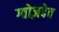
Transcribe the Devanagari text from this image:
ग्वोज़देव